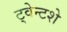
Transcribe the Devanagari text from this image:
ट्वेन्टशे